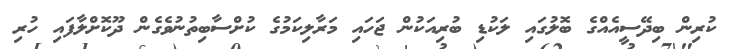
ކުރިން ބިދޭސީއެއްގެ ބޮލުގައި ލަކުޑި ބުރިއަކުން ޖަހައި މަރާލިކަމުގެ ކުށްސާބިތުނުވެގެން ދޫކޮށްލާފައި ހުރި